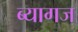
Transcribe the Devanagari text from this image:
ब्यागज